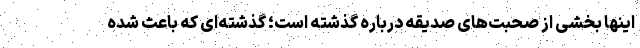
اینها بخشی از صحبت‌های صدیقه درباره گذشته است؛ گذشته‌ای که باعث شده